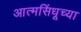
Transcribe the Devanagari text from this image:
आत्मसिंधूच्या